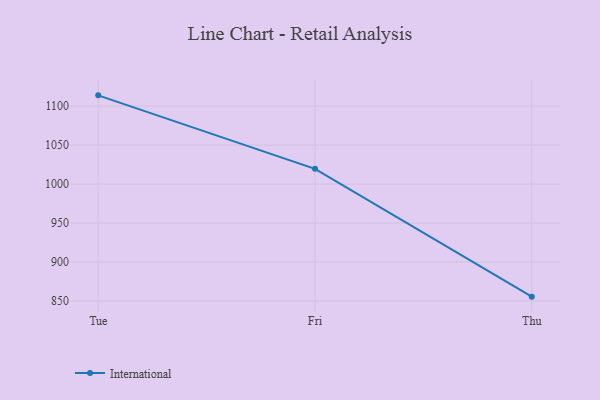
{"axis": {"x": "Day", "y": "Market Share (%)"}, "legend": ["International"], "data": [{"x": "Tue", "y": 1113.8, "type": "International"}, {"x": "Fri", "y": 1019.6, "type": "International"}, {"x": "Thu", "y": 855.6, "type": "International"}]}